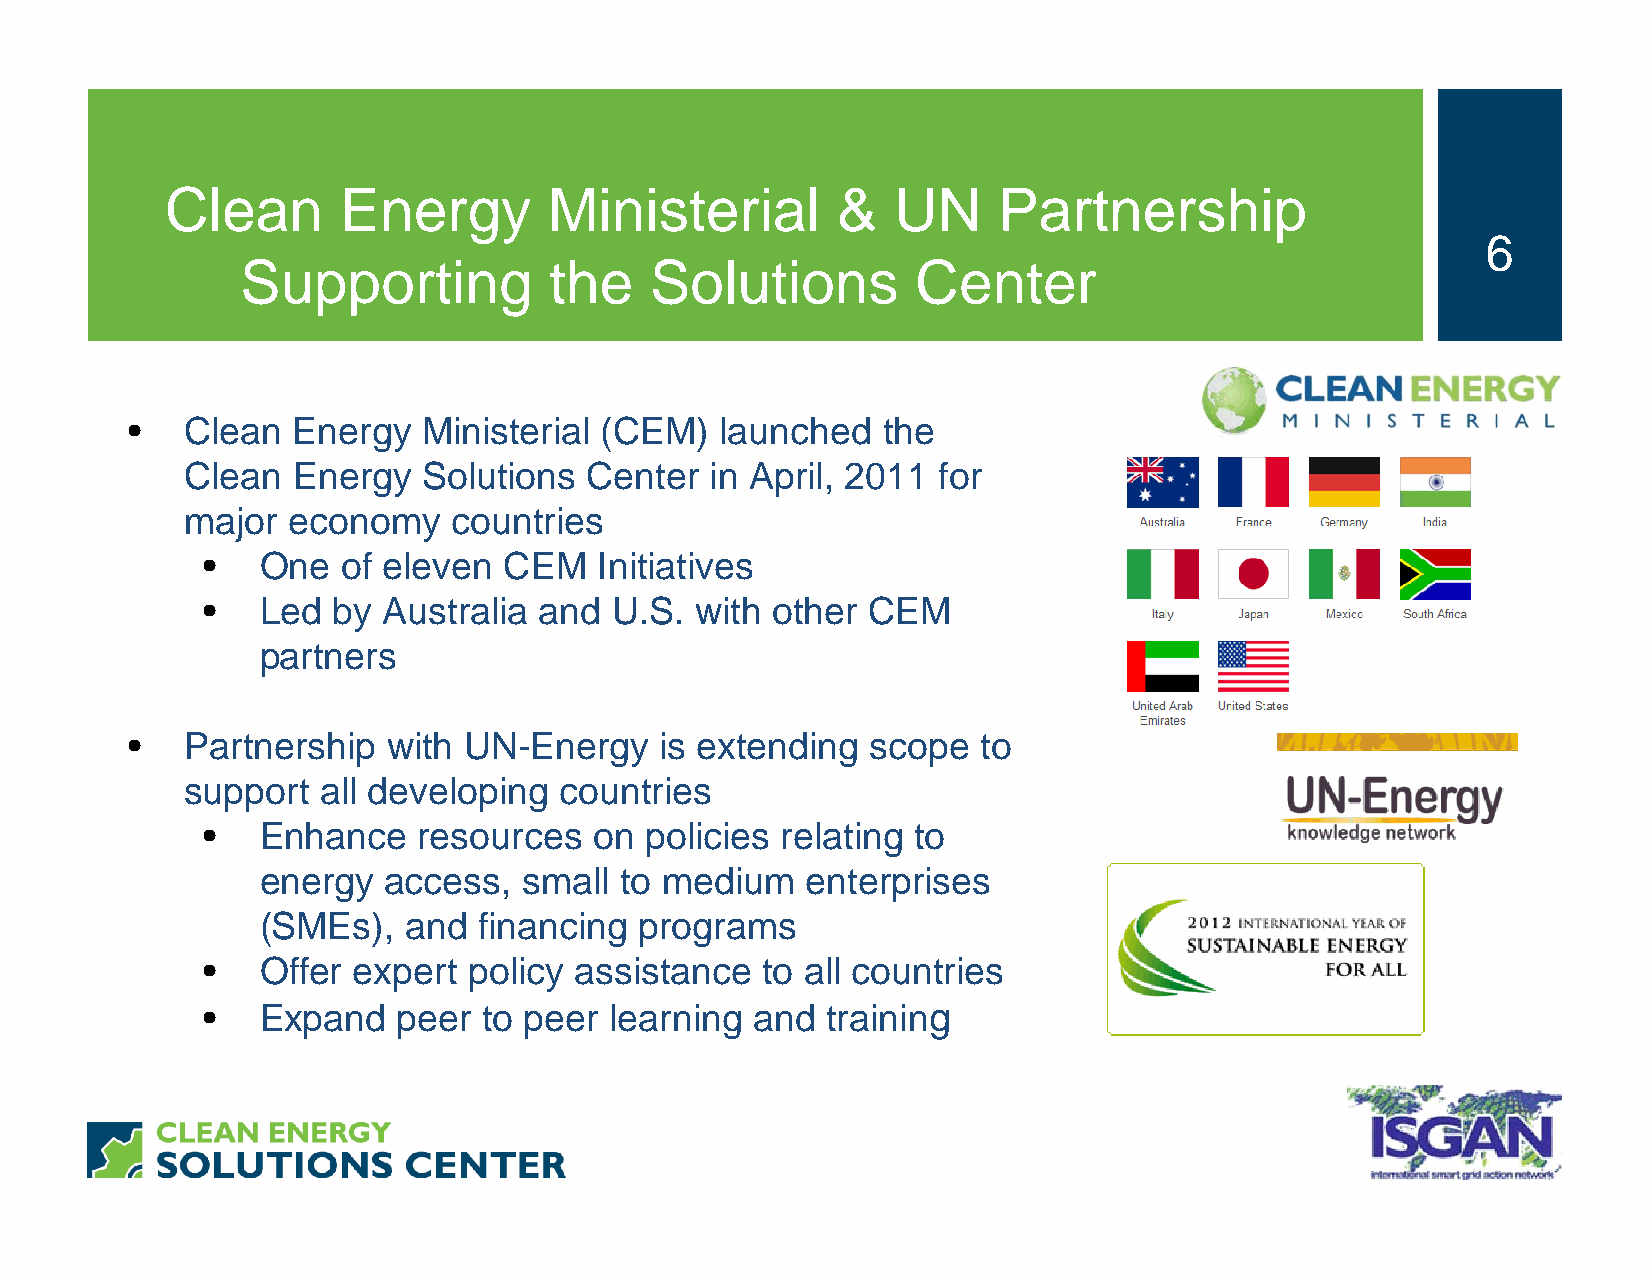
Clean      Energy        Ministerial        &   UN     Partnership
 6
 Supporting          the    Solutions         Center
 •   Clean  Energy   Ministerial (CEM)   launched  the
 Clean  Energy   Solutions  Center  in April, 2011 for
 major  economy    countries
 •   One   of eleven CEM    Initiatives
 •   Led  by Australia  and U.S.  with other CEM
 partners
 •   Partnership   with UN-Energy    is extending  scope  to
 support  all developing  countries
 •   Enhance    resources  on  policies relating to
 energy  access,   small to medium   enterprises
 (SMEs),   and  financing programs
 •   Offer expert  policy assistance  to all countries
 •   Expand   peer  to peer learning  and  training